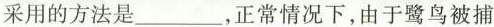
采用的方法是___，正常情况下，由于鹭鸟被捕